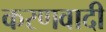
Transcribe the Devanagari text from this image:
करणवादी